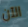
الآن